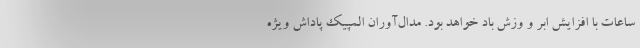
ساعات با افزایش ابر و وزش باد خواهد بود. مدال‌آوران المپیک پاداش ویژه